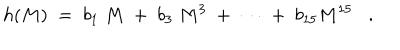
h ( M ) \; = \; b _ { 1 } \; M \; + \; b _ { 3 } \; M ^ { 3 } \; + \; \cdots \; + \; b _ { 1 5 } M ^ { 1 5 } .